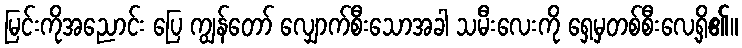
မြင်းကိုအညောင်း ပြေ ကျွန်တော် လျှောက်စီးသောအခါ သမီးလေးကို ရှေ့မှတစ်စီးလေ့ရှိ၏။